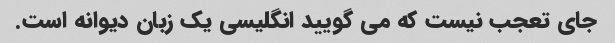
جای تعجب نیست که می گویید انگلیسی یک زبان دیوانه است.